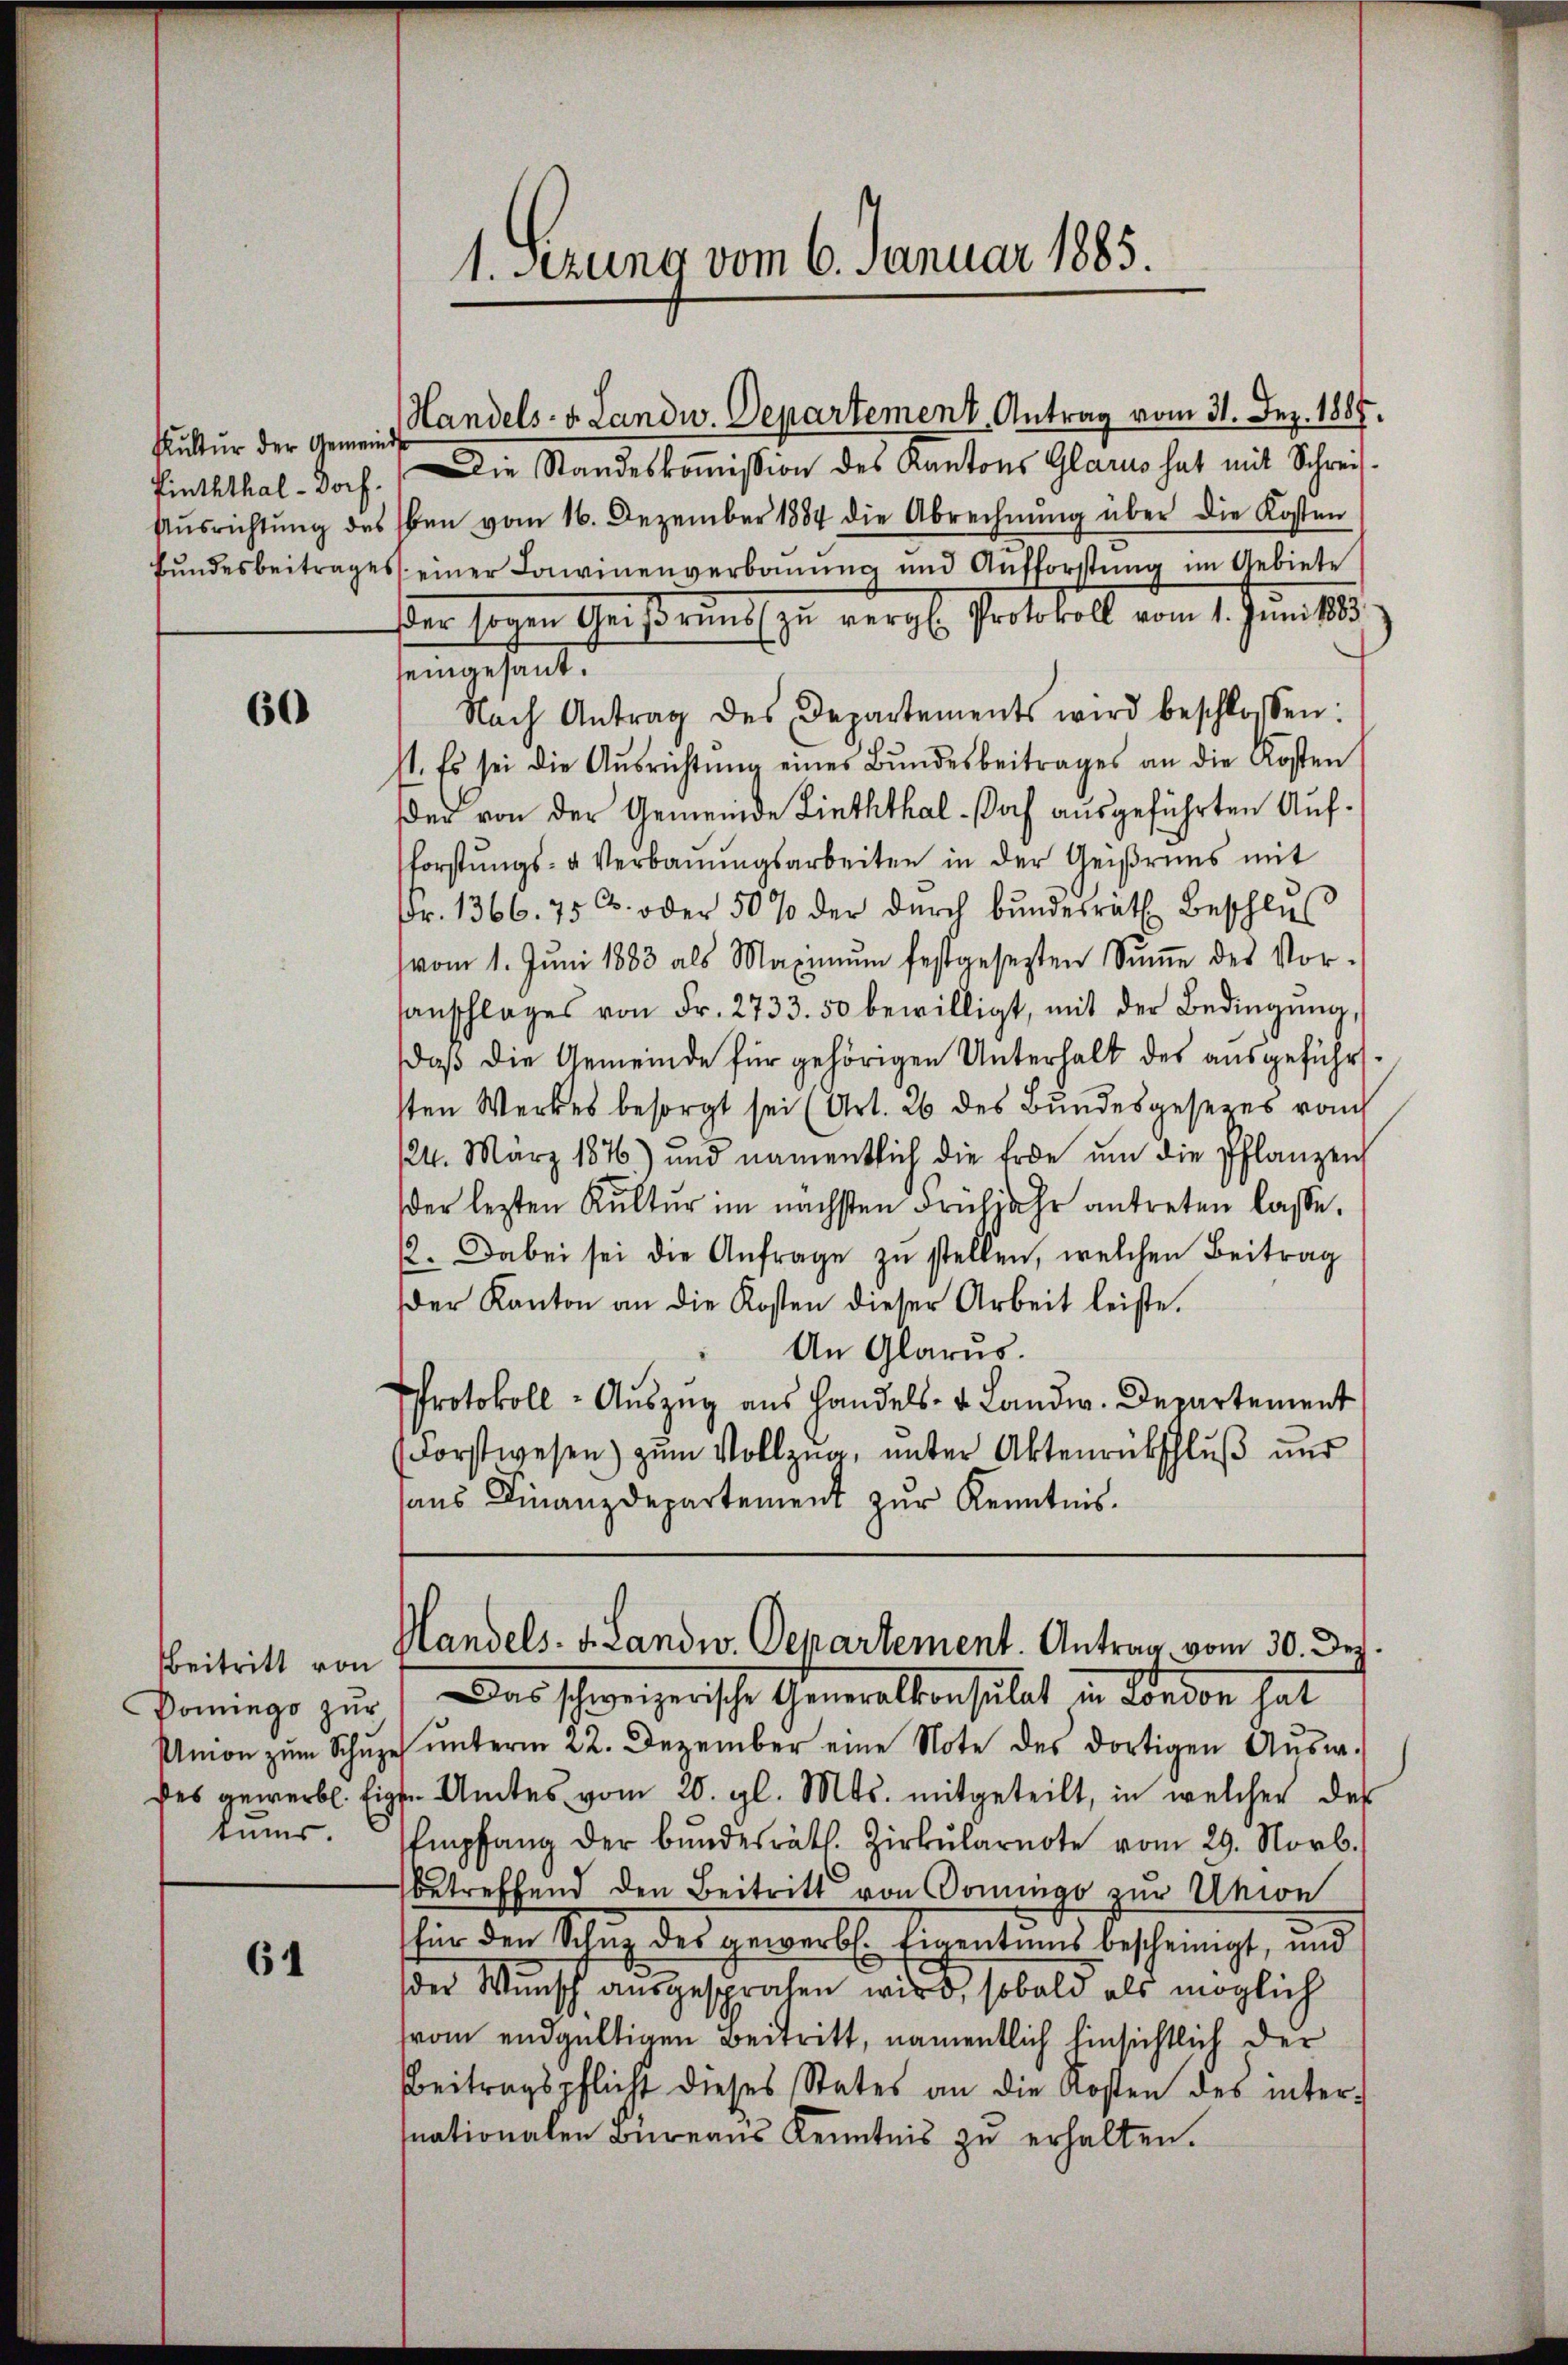
Kultur der Gemeinds
Pinththal-Doch

60

Pomiego zur
tums.

61

1. Setzung vom 6. Januar 1885.

Die Standeskoṁission des Kantons Glarus hat mit Schrei¬
Aŭsrichtŭng des Eben vom 16. Dezember 1884 die Abrechnŭng über die Kosten
Bŭndesbeitrages einer Lawinenverbaŭŭng und Aufforstŭng im Gebiete
ßen seyen Geistrunks zu vergl. Protokoll vom 1. Juni 185
seingesant.
Nach Antrag des Departements wird beschlossen:
st. Es sei die Aŭsrichtŭng eines Bŭndesbeitrages an die Kosten
der von der Gemeinde Linththal-Doch ausgeführten Auf¬
Vorstŭngs- u Verbaŭŭngsarbeiten in der Geiβruns mit
Fr. 1366. 75 u. oder 50 % der dŭrch bŭndesräth Beschlŭs
vom 1. Jŭni 1883 als Maximŭm festgesetzten Sŭṁe des Vor-
anschlages von Fr. 2733. 50 bewilligt, mit der Bedingŭng,
daß die Gemeinde für gehörigen Unterhalt des ausgeführsten Werkes besorgt sei (Art. 26 des Bundesgesezes vom
124. März 1876) und namentlich die Erde ŭm die Pflanzen
der lezten Kultur im nächsten Frühjahr antreten lasse.
12. Dabei sei die Anfrage zŭ stellen, welchen Beitrag
der Kanton an die Kosten dieser Arbeit leiste.
An Glarus.
Protokoll- Aŭszŭg aŭs Handels- & Landw. Departement
(Forstwesen) zum Vollzug, unter Aktenrückschluß und
sans Finanzdepartement zur Kenntnis.

Handels- u. Landw. Departement Antrag vom 31. Dez. 1887.

Beitritt von Handels- u. Landw. Departement. Antrag vom 30. Der
Das schweizerische Generalkonsulat in Kinden hat

Union zŭm Schŭze ŭnterm 22. Dezember eine Note des dortigen Aŭsw.
des gewerbl. Eigen Amtes vom 20. gl. Mts. mitgeteilt, in welcher des
Empfang der Bŭndesräth. Zirkŭlarnote vom 29. Novb.
betreffend den Beitritt von Domingo zur Union
für den Schuz des gewerb. Eigentums bescheinigt, und
der Wunsch ausgesprochen wird, sobald als möglich
vom endgültigen Beitritt, namentlich hinsichtlich der
Beitragspflicht dieses States an die Kosten des internationalen Büreaus Kenntnis zu erhalten.